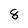
Character: 8